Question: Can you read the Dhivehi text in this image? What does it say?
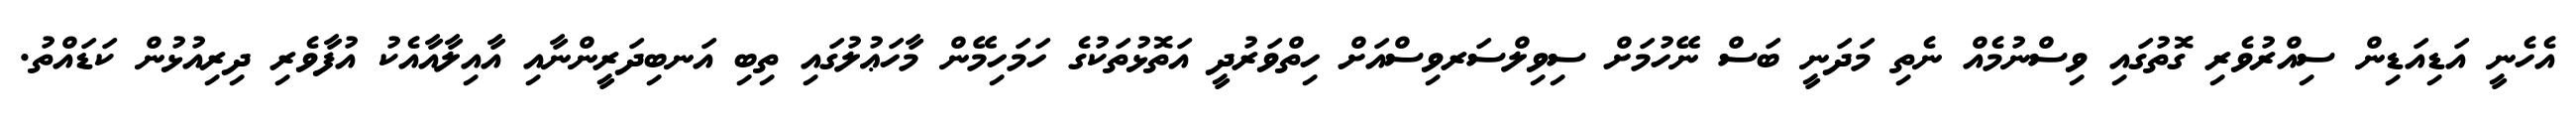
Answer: އެހެނީ އަޑިއަޑިން ސިއްރުވެރި ގޮތުގައި ވިސްނުމެއް ނެތި މަދަނީ ބަސް ނޭހުމަށް ސިވިލްސަރވިސްއަށް ހިތްވަރުދީ އަތޮޅުތަކުގެ ހަމަހިމޭން މާހަޢުލުގައި ތިބި އަނބިދަރީންނާއި އާއިލާއާއެކު އުފާވެރި ދިރިއުޅުން ކަޑައްތު.